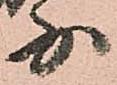
少